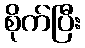
စိုက်ပြီး